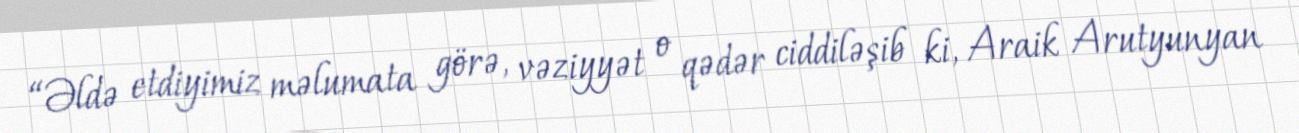
“Əldə etdiyimiz məlumata görə, vəziyyət o qədər ciddiləşib ki, Araik Arutyunyan